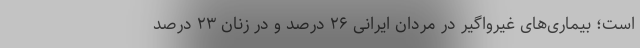
است؛ بیماری‌های غیرواگیر در مردان ایرانی ۲۶ درصد و در زنان ۲۳ درصد